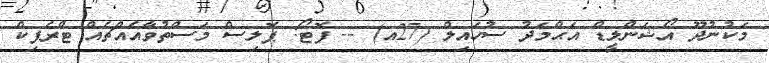
މަކުނުދޫ އޯޝަންލީޑް އަޙްމަދު ސުހައިލް (27އ) -- ފޮޓޯ: ޕޮލިސް މަސްތުވާއެއްޗެއް ޓްރެފިކް